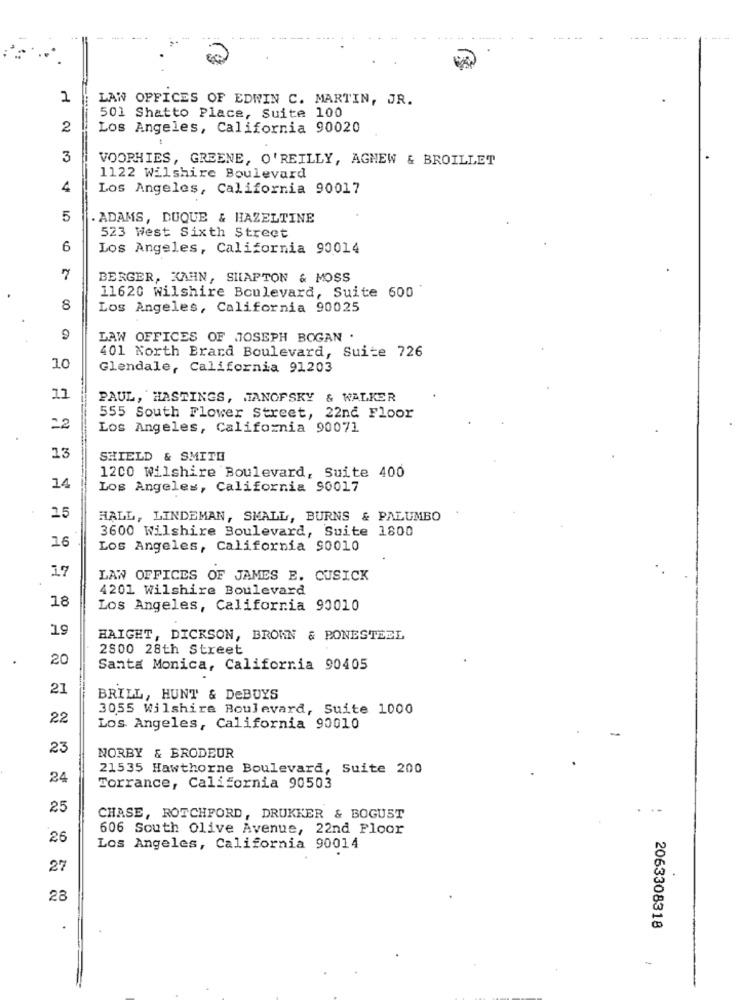
2
LAW OFFICES OF EDWIN C. MARTIN, JR.
501 Shatto Place, Suite 100
2
Los Angeles, California 90020
3
VOORHIES, GREENE, O'REILLY, AGNEW & BROILLET
1122 Wilshire Boulevard
4
Los Angeles, California 90017
5
ADAMS, DUQUE & HAZELTINE
523 West Sixth Street
6
Los Angeles, California 90014
7
BERGER, KAHN, SIAPTON & MOSS
11620 wilshire Boulevard, Suite 600
8
Los Angeles, California 90025
LAW OFFICES OF JOSEPH BOGAN .
401 North Brard Boulevard, Suite 726
10
Glendale, California 91203
11
PAUL, HASTINGS, JANOFSKY & WALKER
555 South Flower Street, 22nd Floor
22
Los Angeles, California 90071
13
SHIELD & SMITH
1200 Wilshire Boulevard, Suite 400
14
Los Angeles, California 90017
15
HALL, LINDEMAN, SMALL, BURNS & PALUMBO
3600 Wilshire Boulevard, Suite 1800
16
Los Angeles, California 90010
17
LAW OFFICES OF JAMES E. CUSICK
4201 Wilshire Boulevard
18
Los Angeles, California 90010
19
HAIGHT, DICKSON, BROWN & PONESTEEL
2800 28th Street
20
Santa Monica, California 90405
21
BRILL, HUNT & DeBUYS
3055 Wilshire Boulevard, Suite 1000
22
Los Angeles, California 90010
23
NORBY & BRODEUR
21535 Hawthorne Boulevard, Suite 200
24
Torrance, California 90503
25
CHASE, ROTCHFORD, DRUKKER & BOGUST
606 South Olive Avenue, 22nd Floor
26
Los Angeles, California 90014
27
28
2063308318